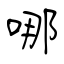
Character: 哪